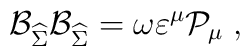
\mathcal{B}_{\widehat{\Sigma }}\mathcal{B}_{\widehat{\Sigma }}=\omega\varepsilon ^\mu \mathcal{P}_\mu \;,